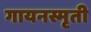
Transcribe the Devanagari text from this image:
गायनस्मृती